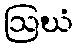
ဩဃံ